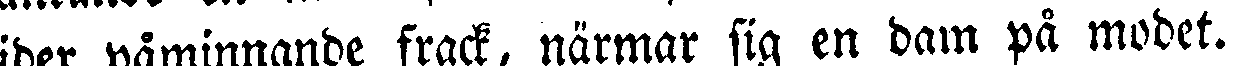
tider påminnande frack, närmar sig en dam på modet.